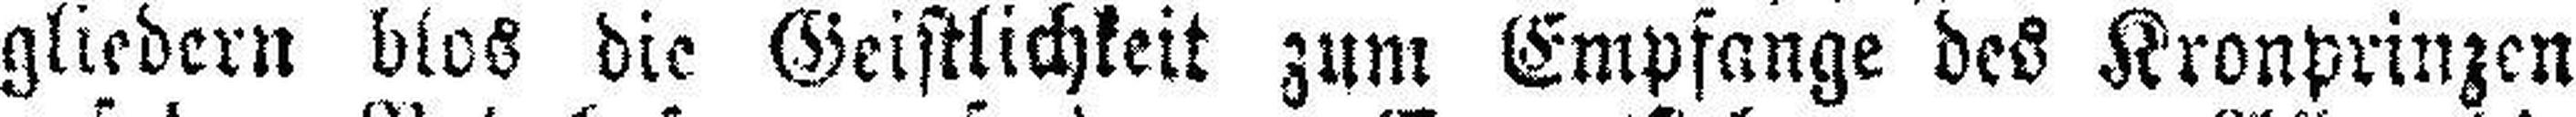
gliedern blos die Geistlichkeit zum Empfange des Kronprinzen